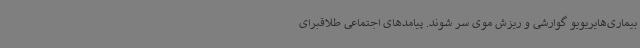
بیماری‌هایریویو گوارشی و ریزش موی سر شوند. پیامدهای اجتماعی طلاقبرای